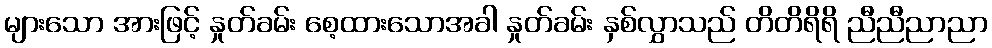
များသော အားဖြင့် နှုတ်ခမ်း စေ့ထားသောအခါ နှုတ်ခမ်း နှစ်လွှာသည် တိတိရိရိ ညီညီညာညာ